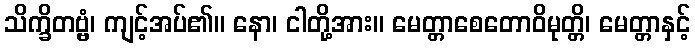
သိက္ခိတဗ္ဗံ၊ ကျင့်အပ်၏။ နော၊ ငါတို့အား။ မေတ္တာစေတောဝိမုတ္တိ၊ မေတ္တာနှင့်